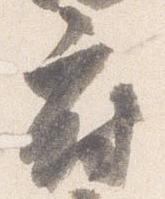
府